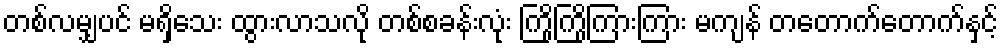
တစ်လမျှပင် မရှိသေး ထွားလာသလို တစ်စခန်းလုံး ကြိုကြိုကြားကြား မကျန် တတောက်တောက်နှင့်